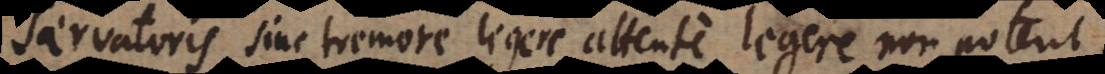
Servatoris sine tremore legere attente legere non poterit,